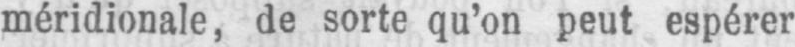
méridionale, de sorte qu’on peut espérer